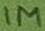
Text: !m